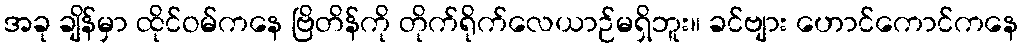
အခု ချိန်မှာ ထိုင်ဝမ်ကနေ ဗြိတိန်ကို တိုက်ရိုက်လေယာဉ်မရှိဘူး။ ခင်ဗျား ဟောင်ကောင်ကနေ